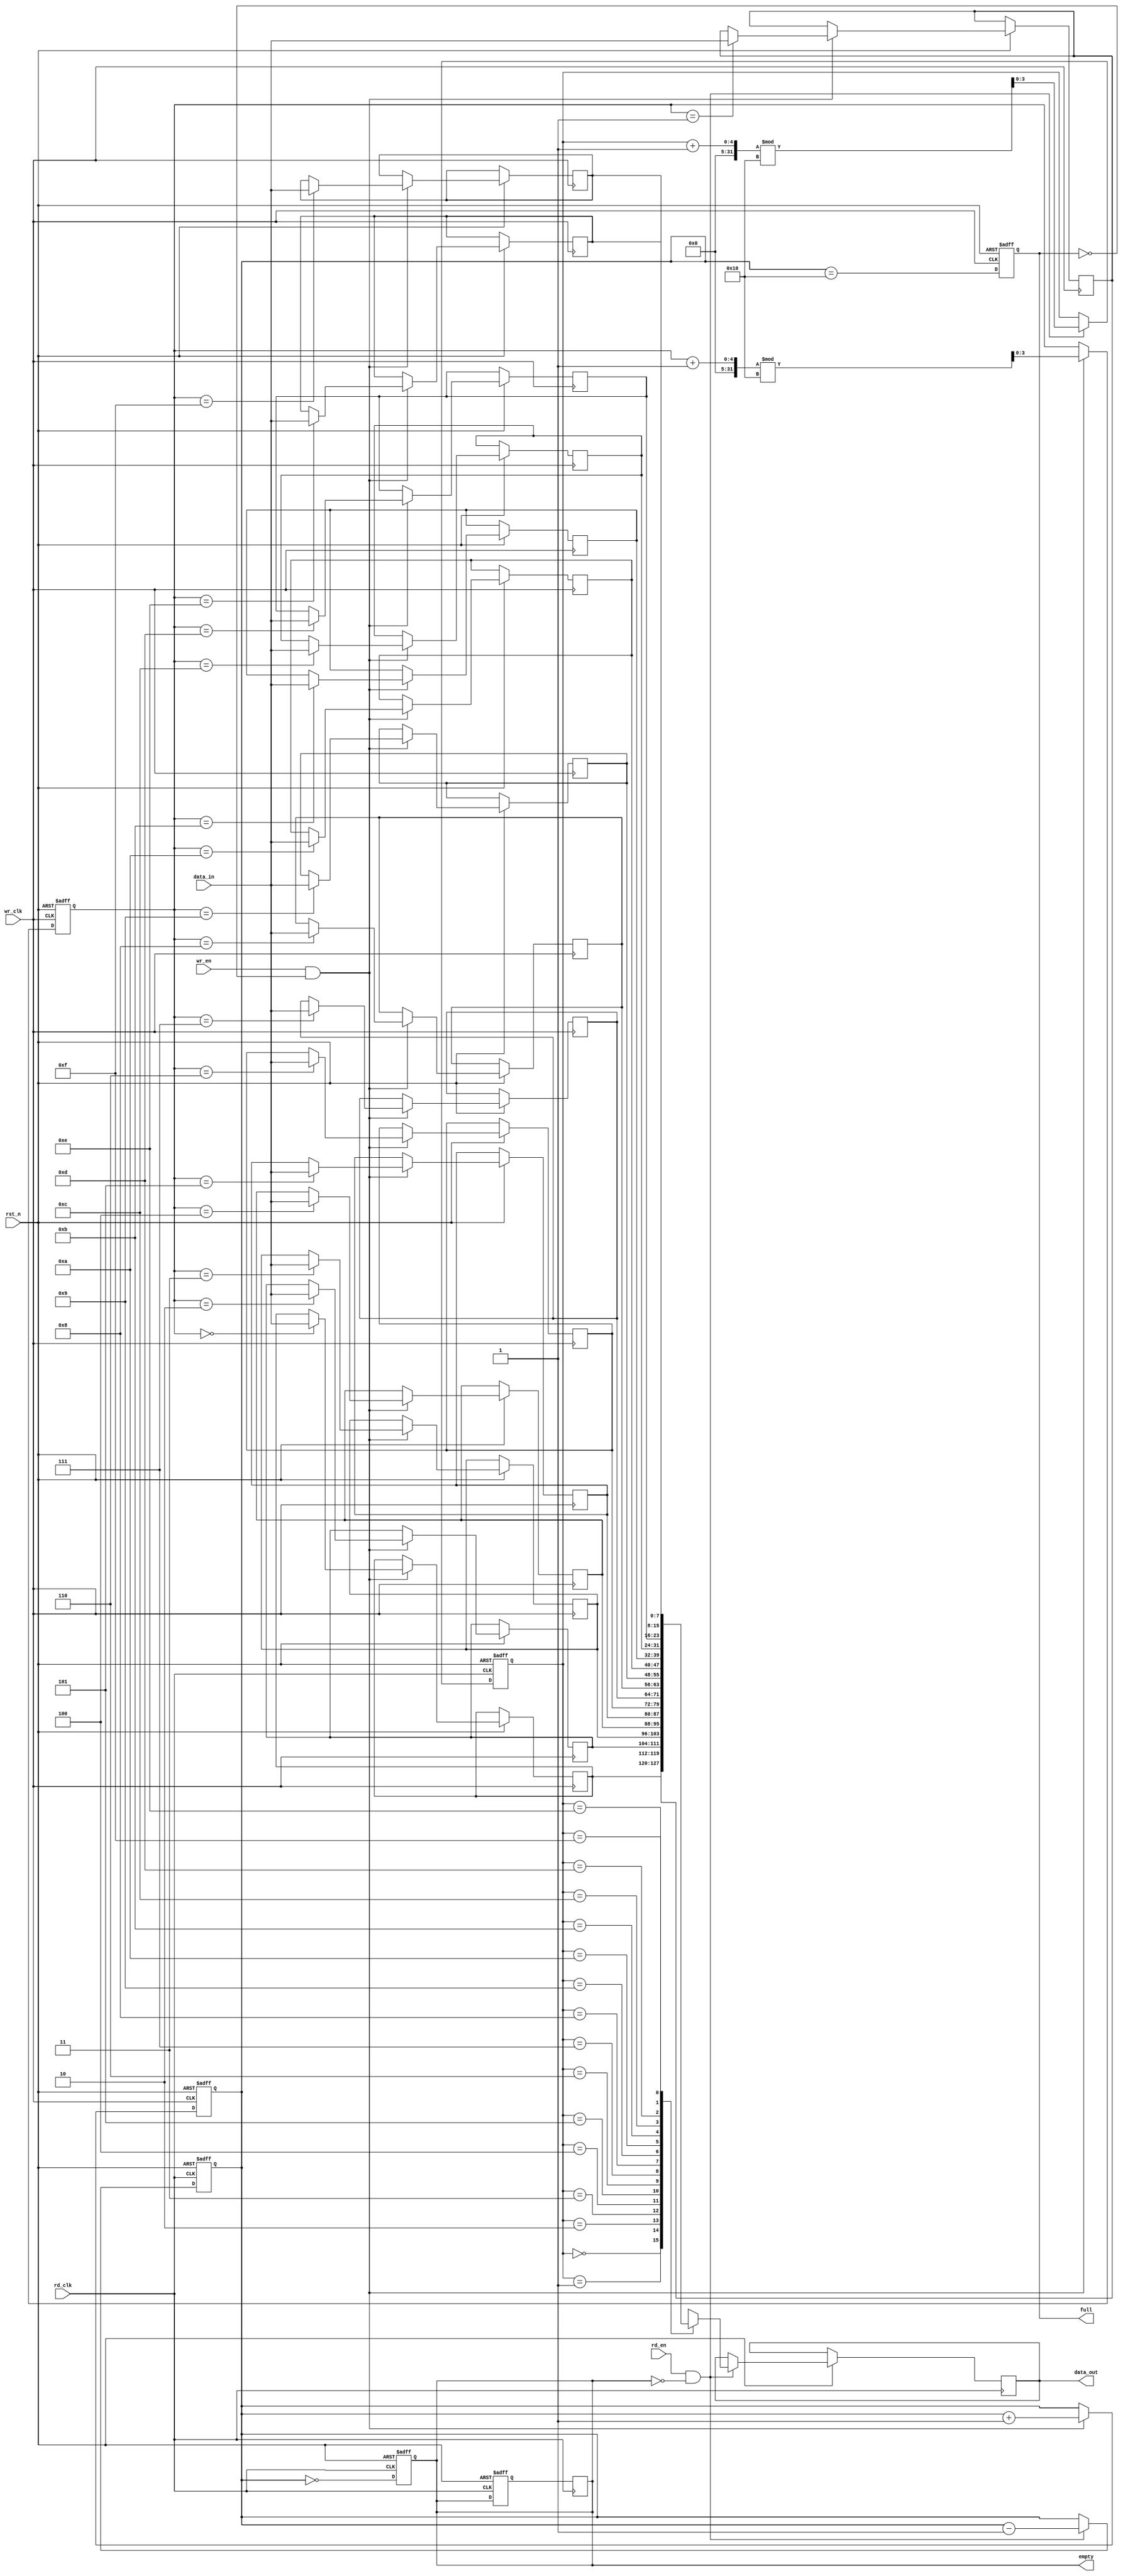
module dual_clock_fifo #(
    parameter DATA_WIDTH = 8,  // Width of the data
    parameter FIFO_DEPTH = 16   // Depth of the FIFO (must be a power of 2)
)(
    input wire wr_clk,          // Write clock
    input wire rd_clk,          // Read clock
    input wire rst_n,           // Asynchronous reset (active low)
    input wire wr_en,           // Write enable
    input wire rd_en,           // Read enable
    input wire [DATA_WIDTH-1:0] data_in,  // Data input
    output reg [DATA_WIDTH-1:0] data_out, // Data output
    output reg full,            // FIFO full flag
    output reg empty            // FIFO empty flag
);

    // Memory array
    reg [DATA_WIDTH-1:0] fifo_mem [0:FIFO_DEPTH-1];

    // Write and read pointers
    reg [$clog2(FIFO_DEPTH)-1:0] w_ptr;
    reg [$clog2(FIFO_DEPTH)-1:0] r_ptr;
    reg [$clog2(FIFO_DEPTH):0] count; // To keep track of the number of elements

    // Synchronizers for full and empty flags
    reg full_sync;
    reg empty_sync;

    // Asynchronous reset
    always @(posedge wr_clk or negedge rst_n) begin
        if (!rst_n) begin
            w_ptr <= 0;
            full <= 0;
            count <= 0;
        end else begin
            if (wr_en && !full) begin
                fifo_mem[w_ptr] <= data_in; // Write data to FIFO
                w_ptr <= (w_ptr + 1) % FIFO_DEPTH; // Increment write pointer
                count <= count + 1; // Increment count
            end
            // Update full flag
            full <= (count == FIFO_DEPTH);
        end
    end

    always @(posedge rd_clk or negedge rst_n) begin
        if (!rst_n) begin
            r_ptr <= 0;
            empty <= 1;
            count <= 0;
        end else begin
            if (rd_en && !empty) begin
                data_out <= fifo_mem[r_ptr]; // Read data from FIFO
                r_ptr <= (r_ptr + 1) % FIFO_DEPTH; // Increment read pointer
                count <= count - 1; // Decrement count
            end
            // Update empty flag
            empty <= (count == 0);
        end
    end

    // Synchronize the full and empty flags to the read clock domain
    always @(posedge rd_clk or negedge rst_n) begin
        if (!rst_n) begin
            full_sync <= 0;
            empty_sync <= 1;
        end else begin
            full_sync <= full;
            empty_sync <= empty;
        end
    end

    // Update the empty flag in the read domain
    always @(posedge rd_clk) begin
        empty <= empty_sync;
    end

endmodule